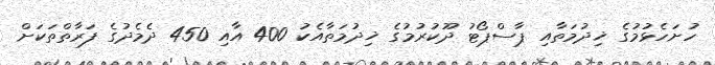
ހުށަހެޅުމުގެ ޚިދުމަތާއި ޕާސްޕޯޓު ދޫކުރުމުގެ ޚިދުމަތާއެކު 400 އާއި 450 ދެމެދުގެ ފަރާތްތަކަށް